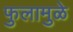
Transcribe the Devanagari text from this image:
फुलामुळे